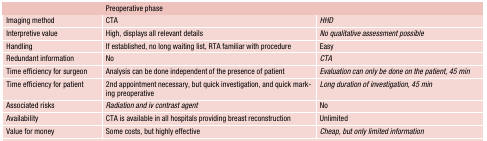
|  | <COLSPAN=2> Preoperative phase |
 | --- | --- | --- |
 | Imaging method | CTA | HHD |
 | Interpretive value | High, displays all relevant details | No qualitative assessment possible |
 | Handling | If established, no long waiting list, RTA familiar with procedure | Easy |
 | Redundant information | No | CTA |
 | Time efficiency for surgeon | Analysis can be done independent of the presence of patient | Evaluation can only be done on the patient, 45 min |
 | Time efficiency for patient | 2nd appointment necessary, but quick investigation, and quick marking preoperative | Long duration of investigation, 45 min |
 | Associated risks | Radiation and iv contrast agent | No |
 | Availability | CTA is available in all hospitals providing breast reconstruction | Unlimited |
 | Value for money | Some costs, but highly effective | Cheap, but only limited information |